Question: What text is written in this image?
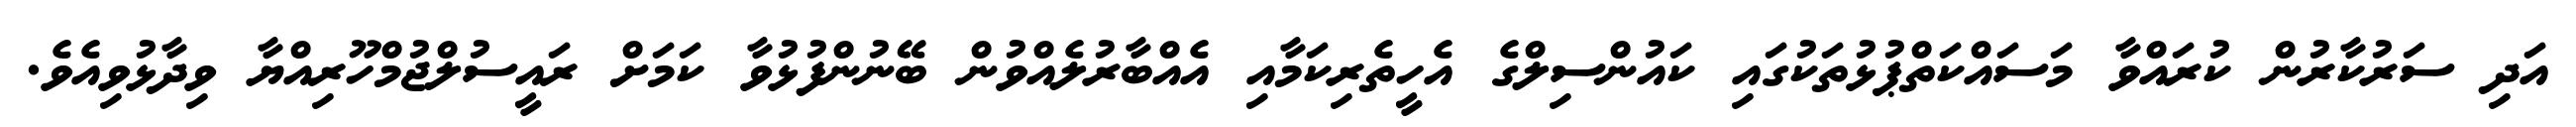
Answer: އަދި ސަރުކާރުން ކުރައްވާ މަސައްކަތްޕުޅުތަކުގައި ކައުންސިލްގެ އެހީތެރިކަމާއި އެއްބާރުލެއްވުން ބޭނުންފުޅުވާ ކަމަށް ރައީސުލްޖުމްހޫރިއްޔާ ވިދާޅުވިއެވެ.